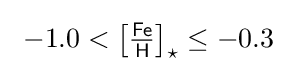
\ -1.0<{\bigl [}{\tfrac {\mathsf {Fe}}{\mathsf {H}}}{\bigr ]}_{\star }\leq -0.3\